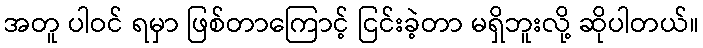
အတူ ပါဝင် ရမှာ ဖြစ်တာကြောင့် ငြင်းခဲ့တာ မရှိဘူးလို့ ဆိုပါတယ်။